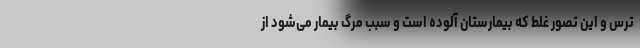
ترس و این تصور غلط که بیمارستان آلوده است و سبب مرگ بیمار می‌شود از